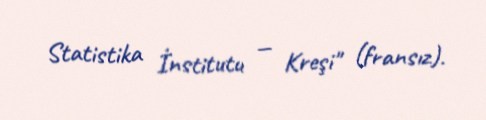
Statistika İnstitutu — Kreşi" (fransız).